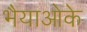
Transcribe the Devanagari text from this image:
भैयाओके